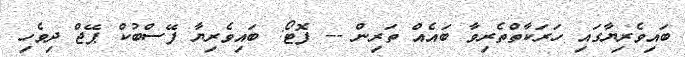
ބައިވެރިޔާގައި ހަރަކާތްތެރިވާ ބައެއް ތަރިން -- ފޮޓޯ: ބައިވެރިޔާ ފޭސްބުކް ޕޭޖް ދިވެހި